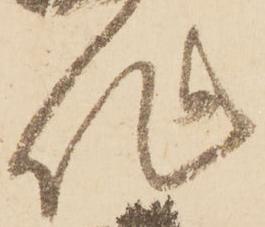
作